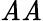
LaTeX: \mathit{A}\mathit{A}